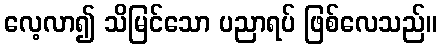
လေ့လာ၍ သိမြင်သော ပညာရပ် ဖြစ်လေသည်။